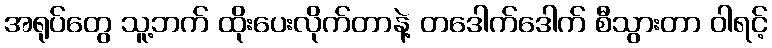
အရုပ်တွေ သူ့ဘက် ထိုးပေးလိုက်တာနဲ့ တဒေါက်ဒေါက် စီသွားတာ ဝါရင့်